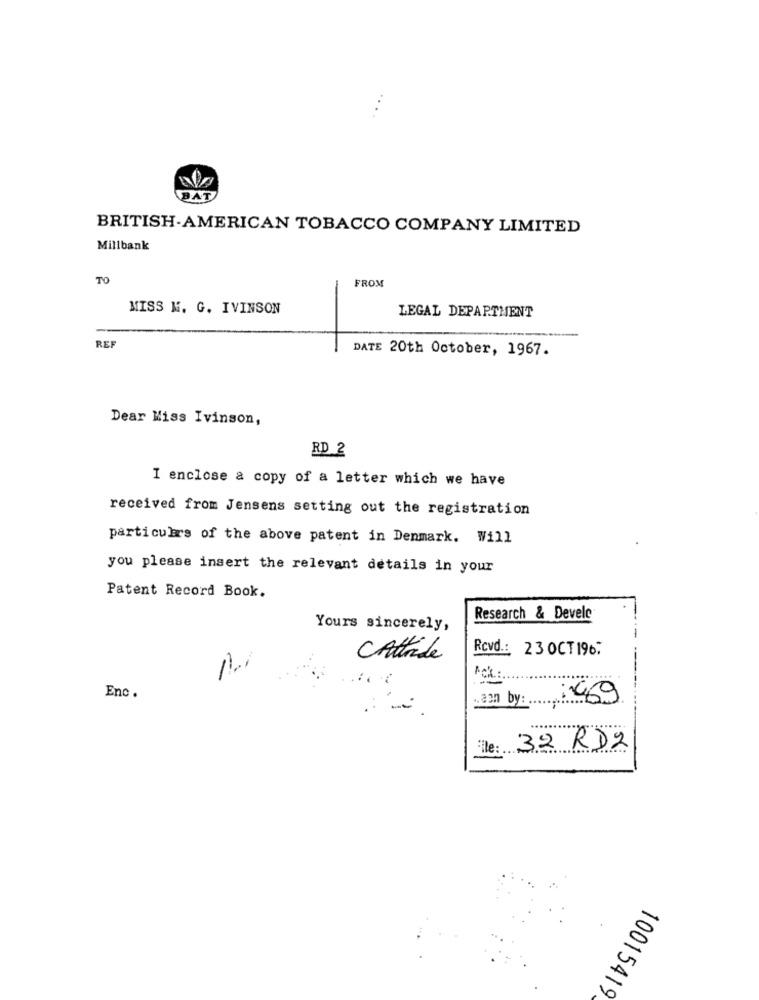
BAT
BRITISH-AMERICAN TOBACCO COMPANY LIMITED
Millbank
TO
FROM
MISS M. G. IVINSON
LEGAL DEPARTMENT
REF
DATE 20th October, 1967.
Dear Miss Ivinson,
RD 2
I enclose a copy of a letter which we have
received from Jensens setting out the registration
particulars of the above patent in Denmark. Will
you please insert the relevant details in your
Patent Record Book.
Research & Develc
Yours sincerely,
-
Rcvd .: 23 OCT196:
CAttride
Enc.
.aon by: ...
:469
le: 32 RD2
10015419